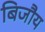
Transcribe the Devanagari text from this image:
बिजौय